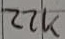
Text: 22K